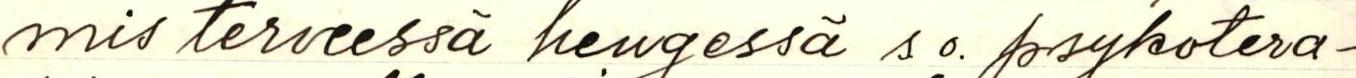
mis terveessä hengessä s.o. psykotera-